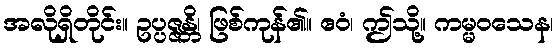
အလိုရှိတိုင်း။ ဥပ္ပဇ္ဇန္တိ၊ ဖြစ်ကုန်၏။ ဧဝံ၊ ဤသို့။ ကမ္မဝသေန၊